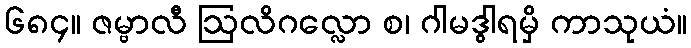
၆၈၄။ ဇမ္ဗာလီ ဩလိဂလ္လော စ၊ ဂါမဒွါရမှိ ကာသုယံ။